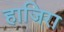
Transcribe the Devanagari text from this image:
हाजिरा